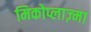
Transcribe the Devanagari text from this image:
मिकोप्लाज़्मा